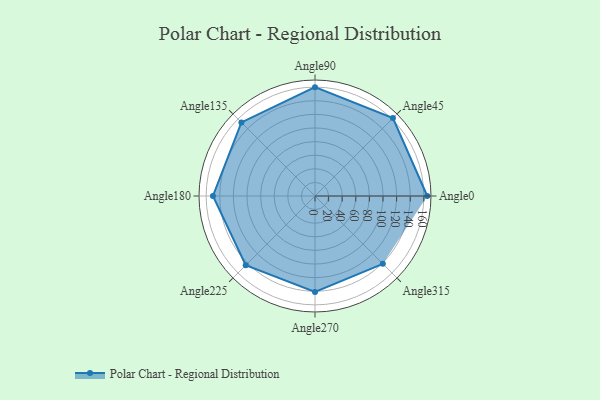
{"axis": {"x": "Angle", "y": "Radius"}, "legend": [""], "data": [{"x": "Angle0", "y": 165.0, "type": ""}, {"x": "Angle45", "y": 162.0, "type": ""}, {"x": "Angle90", "y": 160.0, "type": ""}, {"x": "Angle135", "y": 153.0, "type": ""}, {"x": "Angle180", "y": 150.0, "type": ""}, {"x": "Angle225", "y": 144.0, "type": ""}, {"x": "Angle270", "y": 141.0, "type": ""}, {"x": "Angle315", "y": 141.0, "type": ""}]}